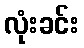
လုံးခင်း